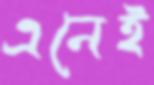
এনেই